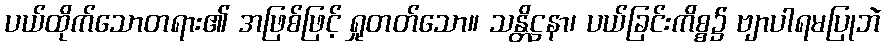
ပယ်ထိုက်သောတရား၏ အဖြစ်ဖြင့် ရှုတတ်သော။ သန္တိဋ္ဌနာ၊ ပယ်ခြင်းကိစ္စ၌ ဗျာပါရမပြုဘဲ